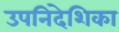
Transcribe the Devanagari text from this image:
उपनिदेशिका